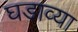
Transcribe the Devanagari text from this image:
घडाव्या